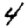
Digit: 4